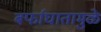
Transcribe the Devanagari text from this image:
बर्फाघातामुळे